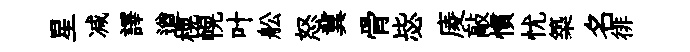
星减譯遒榥幌叶舩怒冀骨毖庱敲慣忧築名徘